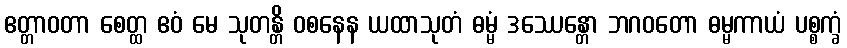
ဧတ္တာဝတာ စေတ္ထ ဧဝံ မေ သုတန္တိ ဝစနေန ယထာသုတံ ဓမ္မံ ဒဿေန္တော ဘဂဝတော ဓမ္မကာယံ ပစ္စက္ခံ